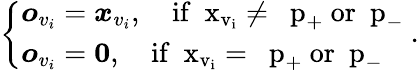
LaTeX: \left\{ \begin{array}{ll}{{\boldsymbol o}_{v_{i}}={\boldsymbol x}_{v_{i}},\quad\mathrm{if~{\boldsymbol~x}_{v_i}\neq~{\boldsymbol~p}_+~or~{\boldsymbol~p}_-~}}\\ {{\boldsymbol o}_{v_{i}}={\boldsymbol{0}},\quad\mathrm{if~{\boldsymbol~x}_{v_i}=~{\boldsymbol~p}_+~or~{\boldsymbol~p}_-~}}\end{array}\right..